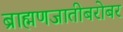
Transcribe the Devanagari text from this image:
ब्राह्मणजातीबरोबर